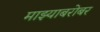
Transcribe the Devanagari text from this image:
माझ्याबरोबर